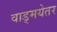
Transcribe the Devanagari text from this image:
वाड्मयेतर